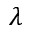
\lambda